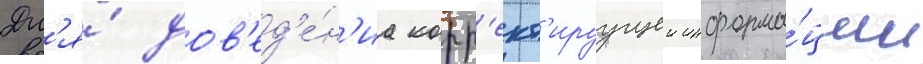
Дл'я́ дов'ед'е́н'иа корр'ект'ируущеи информа́ции